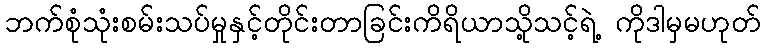
ဘက်စုံသုံးစမ်းသပ်မှုနှင့်တိုင်းတာခြင်းကိရိယာသို့သင့်ရဲ့ ကိုဒါမှမဟုတ်